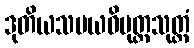
ဒုတိယသမယဝိမုတ္တသုတ္တံ